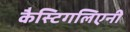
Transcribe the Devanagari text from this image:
कैस्टिगलिएनी